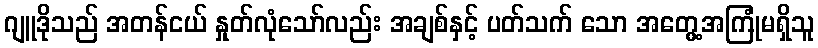
ဂျူဒိုသည် အတန်ငယ် နှုတ်လုံသော်လည်း အချစ်နှင့် ပတ်သက် သော အတွေ့အကြုံမရှိသူ